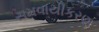
સમવાયીકરણ